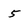
Character: 5